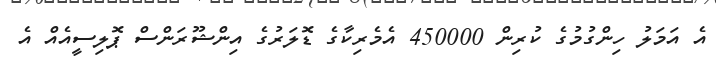
އެ އަމަލު ހިންގުމުގެ ކުރިން 450000 އެމެރިކާގެ ޑޮލަރުގެ އިންޝޫރަންސް ޕޮލިސީއެއް އެ